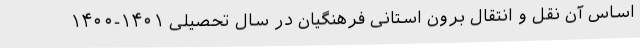
اساس آن نقل و انتقال برون استانی فرهنگیان در سال تحصیلی ۱۴۰۱-۱۴۰۰